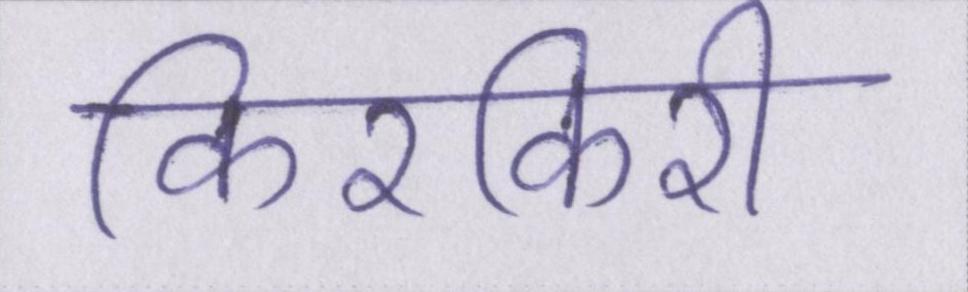
किरकिरी